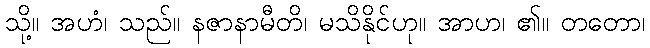
သို့။ အဟံ၊ သည်။ နဇာနာမီတိ၊ မသိနိုင်ဟု။ အာဟ၊ ၏။ တတော၊